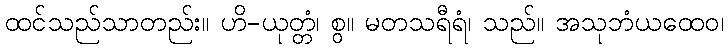
ထင်သည်သာတည်း။ ဟိ-ယုတ္တံ၊ စွ။ မတသရီရံ၊ သည်။ အသုဘံယထေဝ၊